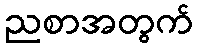
ညစာအတွက်